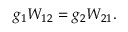
g _ { 1 } W _ { 1 2 } = g _ { 2 } W _ { 2 1 } .